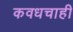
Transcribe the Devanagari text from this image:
कवधचाही